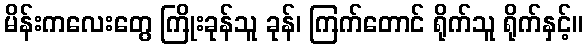
မိန်းကလေးတွေ ကြိုးခုန်သူ ခုန်၊ ကြက်တောင် ရိုက်သူ ရိုက်နှင့်။